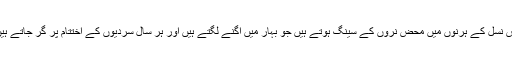
اس نسل کے ہرنوں میں محض نروں کے سینگ ہوتے ہیں جو بہار میں اگنے لگتے ہیں اور ہر سال سردیوں کے اختتام پر گر جاتے ہیں۔